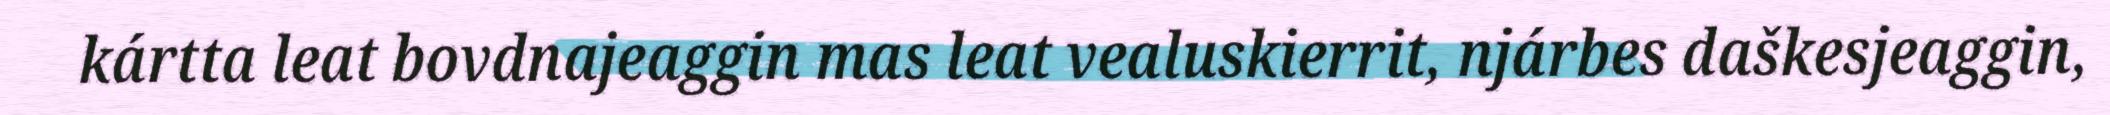
kártta leat bovdnajeaggin mas leat vealuskierrit, njárbes daškesjeaggin,